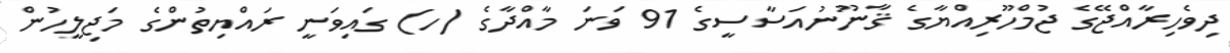
ދިވެހިރާއްޖޭގެ ޖުމްހޫރިއްޔާގެ ޤާނޫނުއަސާސީގެ 91 ވަނަ މާއްދާގެ (ހ) ގައިވަނީ ރައްޔިތުންގެ މަޖިލީހުން